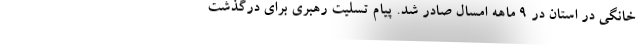
خانگی در استان در ۹ ماهه امسال صادر شد. پیام تسلیت رهبری برای درگذشت